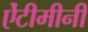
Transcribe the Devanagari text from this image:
ऐंटीमीनी